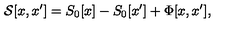
{ \cal { S } } [ x , x ^ { \prime } ] = S _ { 0 } [ x ] - S _ { 0 } [ x ^ { \prime } ] + \Phi [ x , x ^ { \prime } ] ,